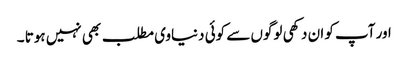
اور آپ کو ان دکھی لوگوں سے کوئی دنیاوی مطلب بھی نہیں ہوتا ۔